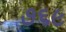
૭૬૯